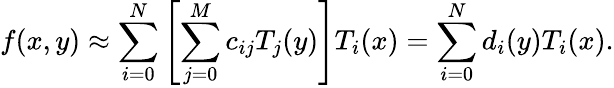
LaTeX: f(x,y)\approx\sum_{i=0}^{N}\left[\sum_{j=0}^{M}c_{ij}T_{j}(y)\right]T_{i}(x)=\sum_{i=0}^{N}d_{i}(y)T_{i}(x).